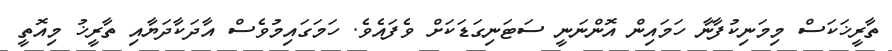
ތާރީޚަކަސް މިމަނިކުފާނާ ހަމައިން އޮންނަނީ ސަޓަނިގަޑަކަށް ވެފައެވެ. ހަމަގައިމުވެސް އާދަކާދަޔާއި ތާރީޚު މިއޮތީ